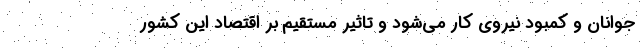
جوانان و کمبود نیروی کار می‌شود و تاثیر مستقیم بر اقتصاد این کشور